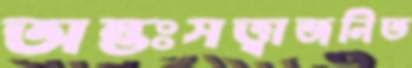
অন্তঃসত্ত্বাজনিত